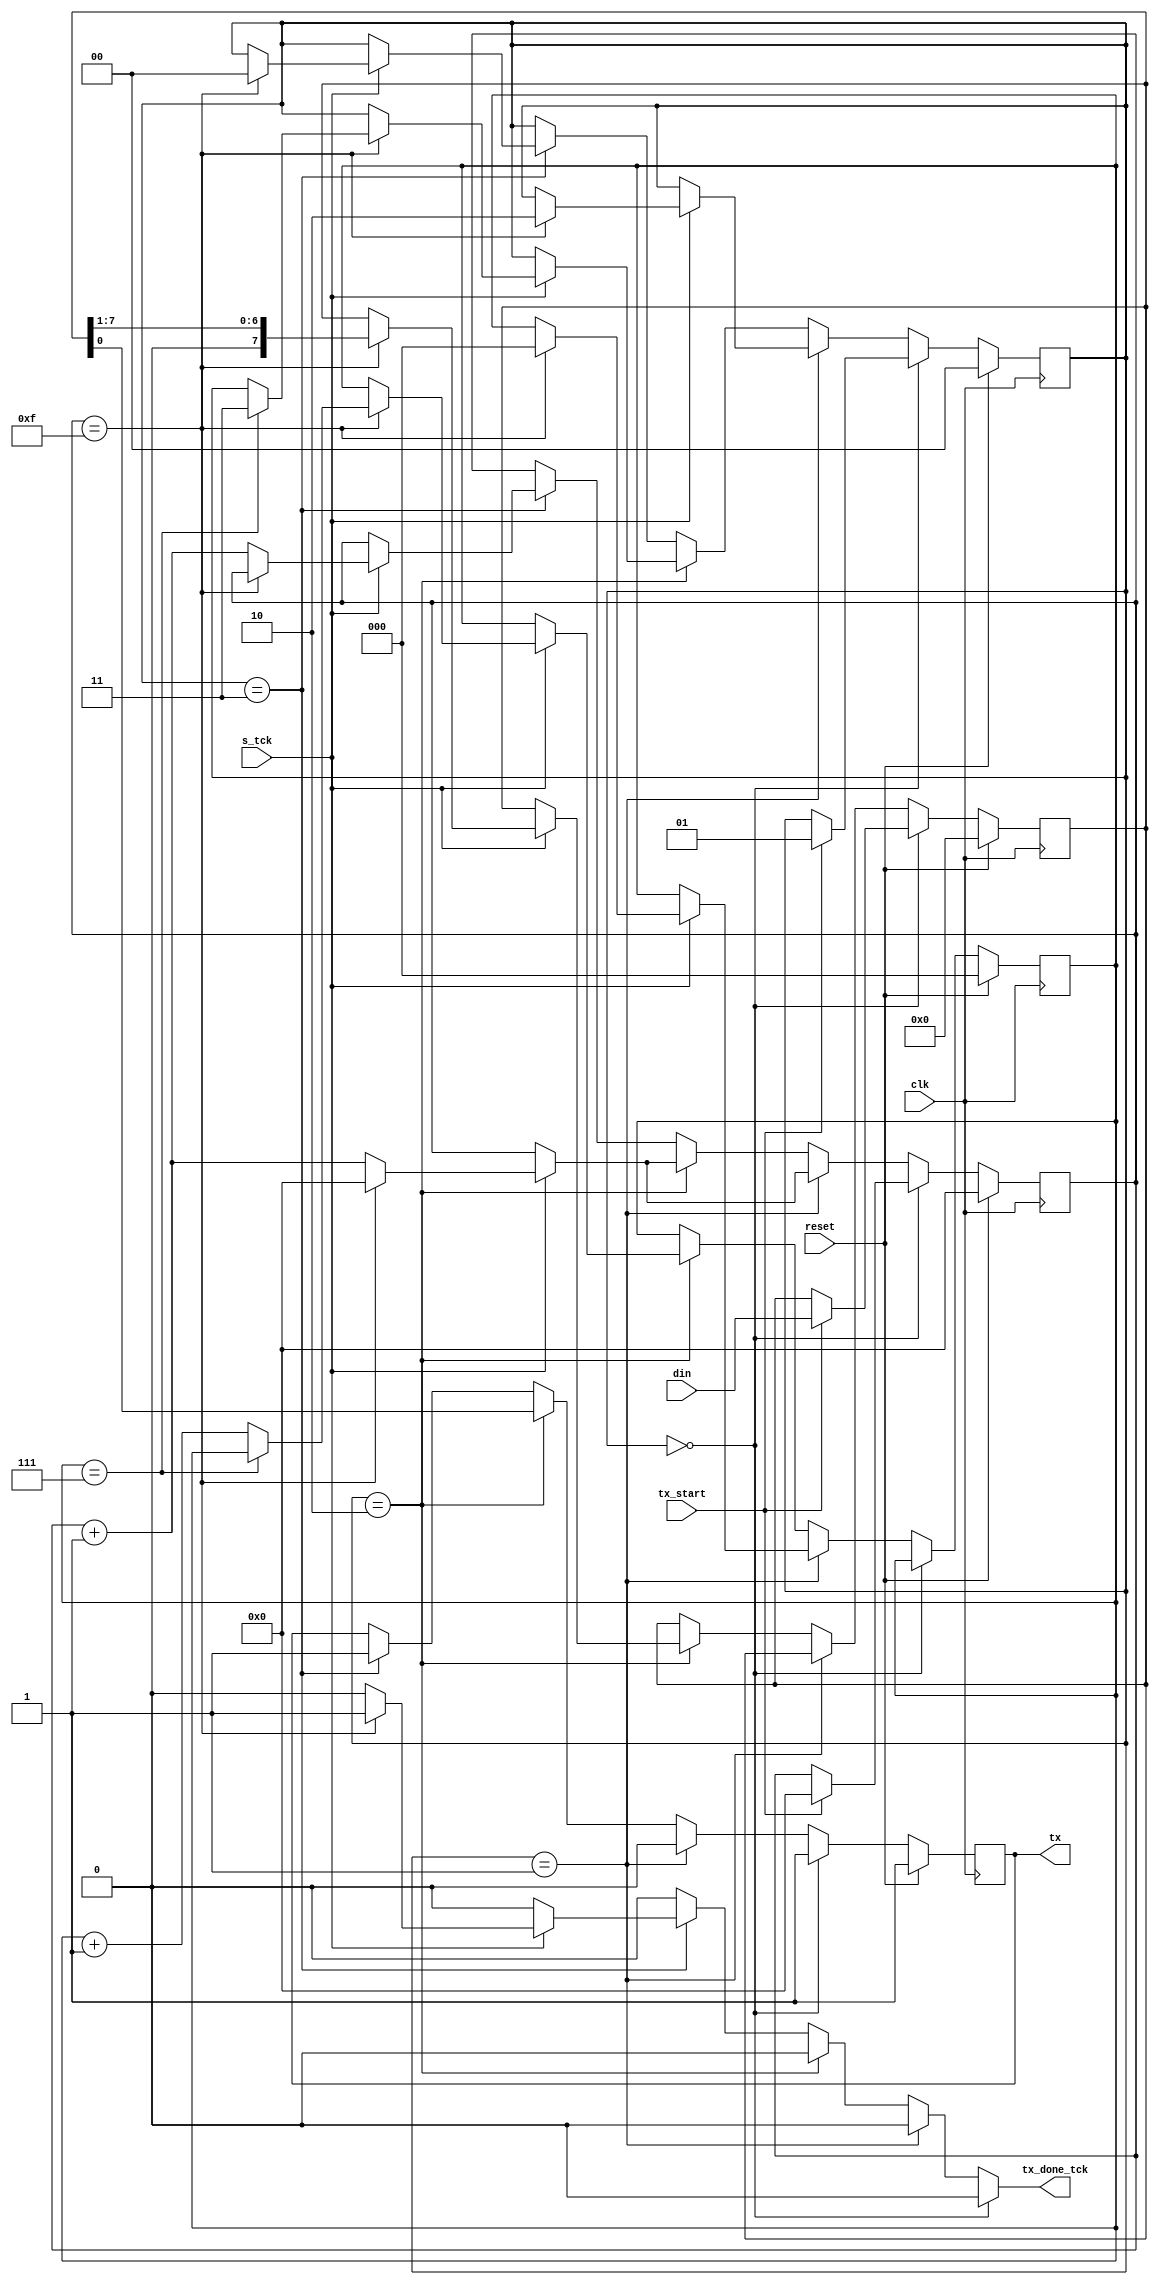
module uart_tx
   #(
     parameter DBIT = 8,     // # data bits
               SB_tck = 16  // # tcks for stop bits
   )
   (
    input wire clk, reset,
    input wire tx_start, s_tck,
    input wire [7:0] din,
    output reg tx_done_tck,
    output wire tx
   );

   
   localparam [1:0]init_state  = 2'b00,start = 2'b01,data  = 2'b10,stop  = 2'b11;

   
   reg [1:0] state, state_next;
   reg [3:0] s, s_next;
   reg [2:0] n, n_next;
   reg [7:0] b, b_next;
   reg tx_reg, tx_next;

   
   always @(posedge clk)
      if (reset)
         begin
            state <= init_state;
            s <= 0;
            n <= 0;
            b <= 0;
            tx_reg <= 1'b1;
         end
      else
         begin
            state <= state_next;
            s <= s_next;
            n <= n_next;
            b <= b_next;
            tx_reg <= tx_next;
         end

  
   always @*
   begin
      state_next = state;
      tx_done_tck = 1'b0;
      s_next = s;
      n_next = n;
      b_next = b;
      tx_next = tx_reg ;
      if(state==init_state)
            begin
               tx_next = 1'b1;
               if (tx_start)
                  begin
                     state_next = start;
                     s_next = 0;
                     b_next = din;
                  end
            end
        else if(state==start)
            begin
               tx_next = 1'b0;
               if (s_tck)
                  if (s==15)
                     begin
                        state_next = data;
                        s_next = 0;
                        n_next = 0;
                     end
                  else
                     s_next = s + 1;
            end
         else if(state==data)
            begin
               tx_next = b[0];
               if (s_tck)
                  if (s==15)
                     begin
                        s_next = 0;
                        b_next = b >> 1;
                        if (n==(DBIT-1))
                           state_next = stop ;
                        else
                           n_next = n + 1;
                     end
                  else
                     s_next = s + 1;
            end
         else if(state==stop)
            begin
               tx_next = 1'b1;
               if (s_tck)
                  if (s==(SB_tck-1))
                     begin
                        state_next = init_state;
                        tx_done_tck = 1'b1;
                     end
                  else
                     s_next = s + 1;
            end
   end

   assign tx = tx_reg;

endmodule